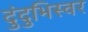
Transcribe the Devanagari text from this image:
दुंदुभिस्वर